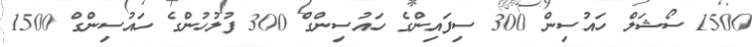
1500 ސޯޝަލް ހައުސިން 300 ސިފައިންގެ ހައުސިންގް 300 ފުލުހުންގެ ހައުސިންގް 1500